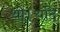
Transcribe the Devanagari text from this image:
थी।यदि